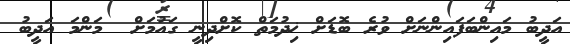
އަދީބު މައިންބަފައިންނަށް ވުރެ ބޮޑަށް ޚިދުމަތް ކޮށްދިނީ ގައުމަށް  މަންމަ އަދީބު